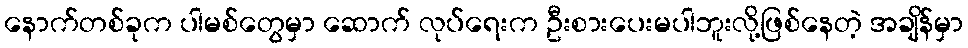
နောက်တစ်ခုက ပါမစ်တွေမှာ ဆောက် လုပ်ရေးက ဦးစားပေးမပါဘူးလို့ဖြစ်နေတဲ့ အချိန်မှာ